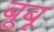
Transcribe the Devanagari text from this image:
बूबू